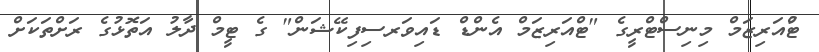
ޓްުއަރިޒަމް މިނިސްޓްރީގެ "ޓްއަރިޒަމް އެންޑް ޑައިވަރސިފިކޭޝަން" ގެ ޓީމް ދާލު އަތޮޅުގެ ރަށްތަކަށް